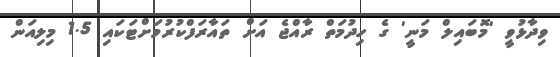
ވިދާޅުވީ 'މޮބައިލް މަނީ' ގެ ހިދުމަތް ރާއްޖެ އަށް ތައާރަފްކުރުމަށްޓަކައި 1.5 މިލިއަން